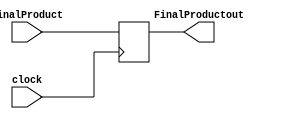
`timescale 1ns / 1ps
//////////////////////////////////////////////////////////////////////////////////
// Company: 
// Engineer: 
// 
// Design Name: 
// Module Name:    IdleMult 
// Project Name: 
// Target Devices: 
// Tool versions: 
// Description: 
//
// Dependencies: 
//
// Revision: 
// Revision 0.01 - File Created
// Additional Comments: 
//
//////////////////////////////////////////////////////////////////////////////////
module IdleMult(
	input [31:0] FinalProduct,
	input clock,
	output reg [31:0] FinalProductout
    );

always @ (posedge clock)
begin
	FinalProductout <= FinalProduct;
end

endmodule